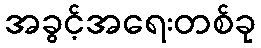
အခွင့်အရေးတစ်ခု